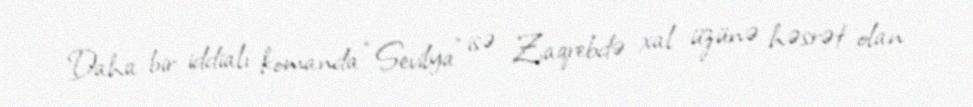
Daha bir iddialı komanda “Sevilya” isə Zaqrebdə xal üzünə həsrət olan